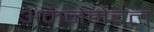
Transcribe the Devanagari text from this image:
अननेमेबल